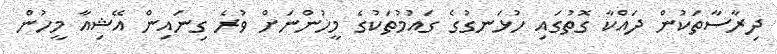
ދިރާސާތަކުން ދައްކާ ގޮތުގައި ހުޅަނގުގެ ގައުމުތަކުގެ މީހުންނަށް ވުރެ ގިނައިން އޭޝިއާ މީހުން